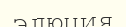
элюция